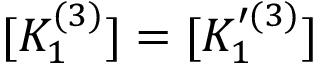
[ K _ { 1 } ^ { ( 3 ) } ] = [ K _ { 1 } ^ { \prime ( 3 ) } ]